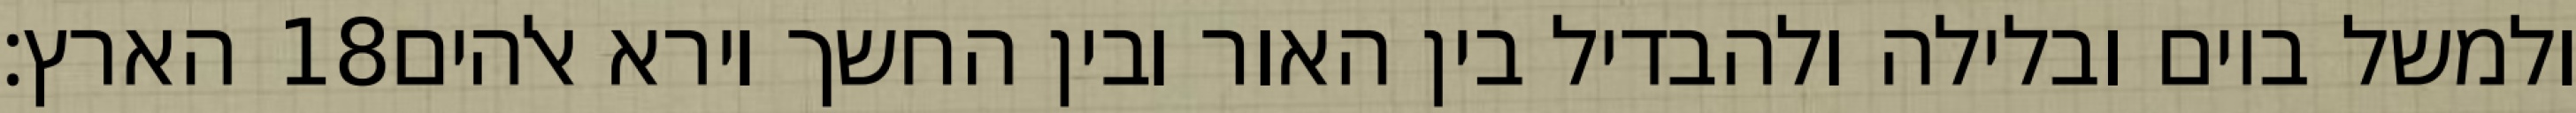
הארץ׃ ‎18‏ ולמשל ביום ובלילה ולהבדיל בין האור ובין החשך וירא אלהים